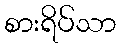
စားရိပ်သာ